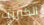
الكبريت